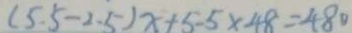
( 5 . 5 - 2 . 5 ) x + 5 - 5 \times 4 8 = 4 8 0